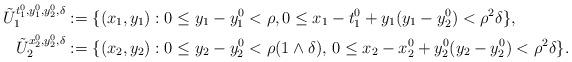
LaTeX: \begin{align*}{\tilde U}_1^{t^0_1,y_1^0,y_2^0,\delta} &:=\{(x_1,y_1): 0\le y_1-y^0_1<\rho, 0\le x_1-t^0_1+y_1(y_1-y_2^0)<\rho^2\delta\},\\{\tilde U_2}^{x^0_2,y_2^0,\delta} &:=\{(x_2,y_2): 0\le y_2-y_2^0< \rho(1\wedge\delta),\,0\le x_2-x^0_2+y_2^0(y_2-y_2^0)< \rho^2\delta \}.\end{align*}